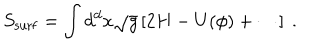
S _ { \mathrm { s u r f } } = \int d ^ { d } x \sqrt { g } \left[ 2 H - U ( \phi ) + \cdots \right] ~ .